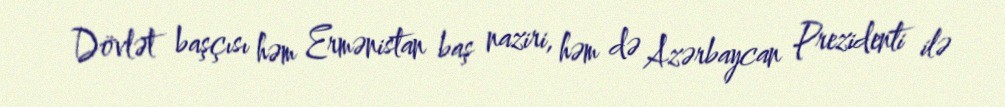
Dövlət başçısı həm Ermənistan baş naziri, həm də Azərbaycan Prezidenti ilə